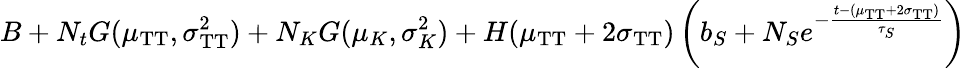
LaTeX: B+N_{t}G(\mu_{\mathrm{TT}},\sigma_{\mathrm{TT}}^{2})+N_{K}G(\mu_{K},\sigma_{K}^{2})+H(\mu_{\mathrm{TT}}+2\sigma_{\mathrm{TT}})\left(b_{S}+N_{S}e^{-\frac{t-(\mu_{\mathrm{TT}}+2\sigma_{\mathrm{TT}})}{\tau_{S}}}\right)